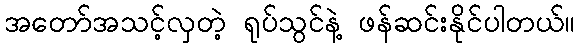
အတော်အသင့်လှတဲ့ ရုပ်သွင်နဲ့ ဖန်ဆင်းနိုင်ပါတယ်။